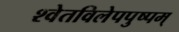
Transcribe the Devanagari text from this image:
श्वेतविलेपपुष्पम्